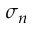
\sigma _ { n }